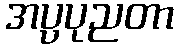
အပ္ပပုညတာ